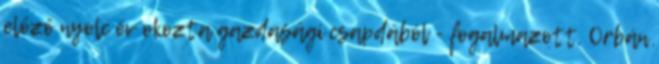
előző nyolc év okozta gazdasági csapdából - fogalmazott. Orbán